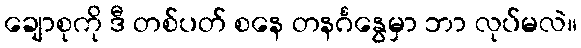
ချောစုကို ဒီ တစ်ပတ် စနေ တနင်္ဂနွေမှာ ဘာ လုပ်မလဲ။